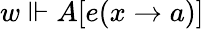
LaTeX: w\Vdash A[e(x\to a)]